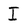
Character: I